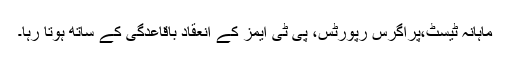
ماہانہ ٹیسٹ،پراگرس رپورٹس، پی ٹی ایمز کے انعقاد باقاعدگی کے ساتھ ہوتا رہا۔